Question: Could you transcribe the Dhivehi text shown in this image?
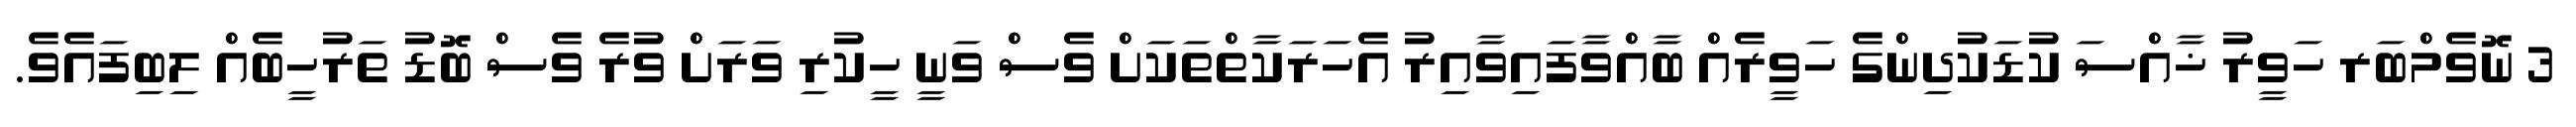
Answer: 3 ނޮވެމްބަރ ހަވީރު ޚާއްސަ ކުޑަކުދިންގެ ހަވީރެއް ބާއްވާފައިވާއިރު އެހަރަކާތްތަކަށް ވެސް ވަނީ ހީކުރި ވަރަށް ވުރެ ވެސް ބޮޑު ތަރުހީބެއް ލިބިފައެވެ.